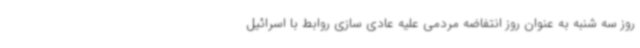
روز سه شنبه به عنوان روز انتفاضه مردمی علیه عادی سازی روابط با اسرائیل